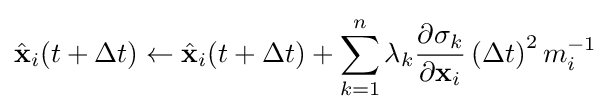
{\hat {\mathbf {x} }}_{i}(t+\Delta t)\leftarrow {\hat {\mathbf {x} }}_{i}(t+\Delta t)+\sum _{k=1}^{n}\lambda _{k}{\frac {\partial \sigma _{k}}{\partial \mathbf {x} _{i}}}\left(\Delta t\right)^{2}m_{i}^{-1}